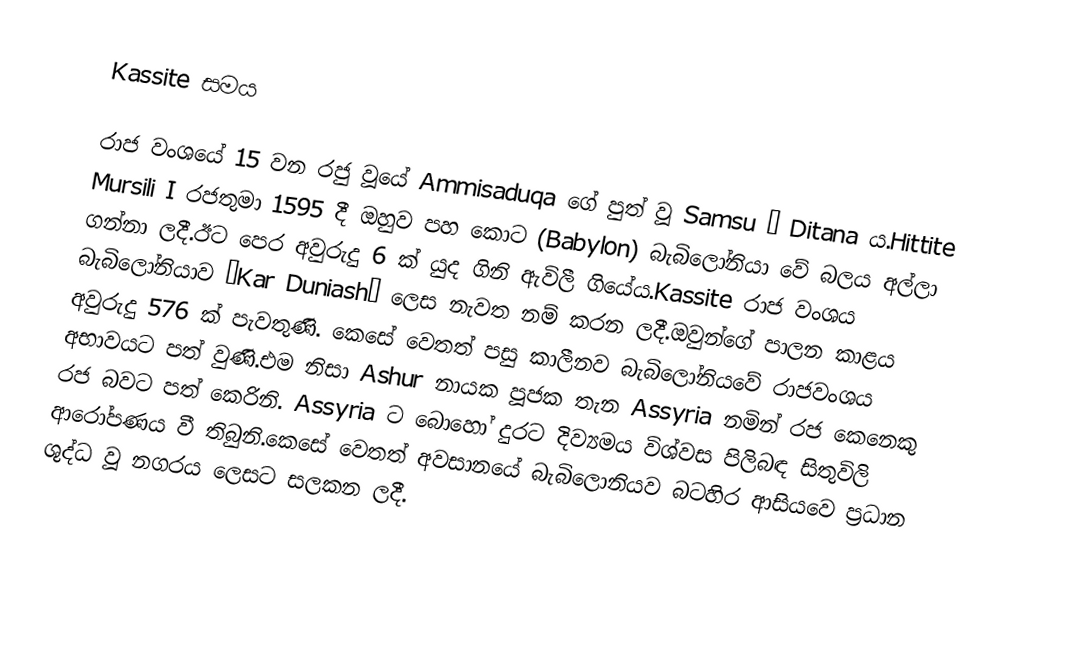
Kassite  සමය

රාජ වංශයේ 15 වන රජු වූයේ Ammisaduqa ගේ පුත් වූ Samsu – Ditana ය.Hittite Mursili I රජතුමා 1595 දී ඔහුව පහ කොට (Babylon) බැබිලෝනියා වේ බලය අල්ලා ගන්නා ලදී.ඊට පෙර අවුරුදු 6 ක් යුද ගිනි ඇවිලී ගියේය.Kassite රාජ වංශය බැබිලෝනියාව “Kar Duniash” ලෙස නැවත නම් කරන ලදී.ඔවුන්ගේ පාලන කාළය අවුරුදු 576 ක් පැවතුණි. කෙසේ වෙතත් පසු කාලීනව බැබිලෝනියවේ රාජවංශය අභාවයට පත් වුණි.එම නිසා Ashur  නායක පූජක තැන Assyria නමින් රජ කෙනෙකු රජ බවට පත් කෙරිනි. Assyria ට බොහෝ දුරට දිව්‍යමය විශ්වස පිලිබඳ සිතුවිලි ආරෝපණය වී තිබුනි.කෙසේ වෙතත් අවසානයේ බැබිලොනියව බටහිර ආසියවෙ ප්‍රධාන ශුද්ධ වූ නගරය ලෙසට සලකන ලදී.